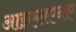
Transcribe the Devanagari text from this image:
आइएलएनए